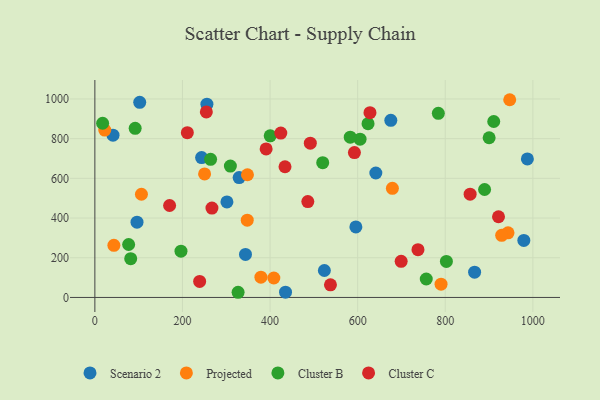
{"axis": {"x": "Investment", "y": "Profit"}, "legend": ["Cluster B", "Cluster C", "Projected", "Scenario 2"], "data": [{"x": "41.4", "y": 817.5, "type": "Scenario 2"}, {"x": "987.5", "y": 697.9, "type": "Scenario 2"}, {"x": "524.0", "y": 135.6, "type": "Scenario 2"}, {"x": "641.5", "y": 627.0, "type": "Scenario 2"}, {"x": "96.2", "y": 379.3, "type": "Scenario 2"}, {"x": "435.3", "y": 26.6, "type": "Scenario 2"}, {"x": "867.0", "y": 127.4, "type": "Scenario 2"}, {"x": "343.9", "y": 216.5, "type": "Scenario 2"}, {"x": "675.7", "y": 892.1, "type": "Scenario 2"}, {"x": "301.5", "y": 481.1, "type": "Scenario 2"}, {"x": "243.7", "y": 704.8, "type": "Scenario 2"}, {"x": "102.4", "y": 982.8, "type": "Scenario 2"}, {"x": "255.8", "y": 973.9, "type": "Scenario 2"}, {"x": "979.4", "y": 287.1, "type": "Scenario 2"}, {"x": "595.9", "y": 355.1, "type": "Scenario 2"}, {"x": "329.4", "y": 603.7, "type": "Scenario 2"}, {"x": "408.6", "y": 97.9, "type": "Projected"}, {"x": "348.4", "y": 618.2, "type": "Projected"}, {"x": "679.3", "y": 549.9, "type": "Projected"}, {"x": "22.6", "y": 843.1, "type": "Projected"}, {"x": "790.4", "y": 66.6, "type": "Projected"}, {"x": "250.5", "y": 622.3, "type": "Projected"}, {"x": "947.2", "y": 996.1, "type": "Projected"}, {"x": "943.3", "y": 325.6, "type": "Projected"}, {"x": "928.8", "y": 313.1, "type": "Projected"}, {"x": "347.9", "y": 389.2, "type": "Projected"}, {"x": "106.3", "y": 519.8, "type": "Projected"}, {"x": "379.1", "y": 102.2, "type": "Projected"}, {"x": "43.4", "y": 262.7, "type": "Projected"}, {"x": "77.1", "y": 266.6, "type": "Cluster B"}, {"x": "623.7", "y": 875.2, "type": "Cluster B"}, {"x": "889.8", "y": 543.8, "type": "Cluster B"}, {"x": "900.2", "y": 804.6, "type": "Cluster B"}, {"x": "17.7", "y": 877.6, "type": "Cluster B"}, {"x": "605.5", "y": 797.5, "type": "Cluster B"}, {"x": "784.2", "y": 927.7, "type": "Cluster B"}, {"x": "92.0", "y": 851.8, "type": "Cluster B"}, {"x": "910.7", "y": 886.5, "type": "Cluster B"}, {"x": "583.1", "y": 807.6, "type": "Cluster B"}, {"x": "756.6", "y": 92.9, "type": "Cluster B"}, {"x": "196.6", "y": 233.0, "type": "Cluster B"}, {"x": "327.0", "y": 26.0, "type": "Cluster B"}, {"x": "802.6", "y": 181.3, "type": "Cluster B"}, {"x": "264.2", "y": 695.6, "type": "Cluster B"}, {"x": "400.3", "y": 814.3, "type": "Cluster B"}, {"x": "309.4", "y": 661.9, "type": "Cluster B"}, {"x": "520.2", "y": 678.8, "type": "Cluster B"}, {"x": "81.8", "y": 195.5, "type": "Cluster B"}, {"x": "856.8", "y": 520.1, "type": "Cluster C"}, {"x": "699.3", "y": 181.7, "type": "Cluster C"}, {"x": "434.1", "y": 658.5, "type": "Cluster C"}, {"x": "239.2", "y": 80.6, "type": "Cluster C"}, {"x": "170.6", "y": 463.1, "type": "Cluster C"}, {"x": "254.5", "y": 934.6, "type": "Cluster C"}, {"x": "211.1", "y": 830.2, "type": "Cluster C"}, {"x": "592.6", "y": 729.9, "type": "Cluster C"}, {"x": "424.5", "y": 828.0, "type": "Cluster C"}, {"x": "537.9", "y": 63.6, "type": "Cluster C"}, {"x": "491.9", "y": 777.3, "type": "Cluster C"}, {"x": "921.6", "y": 406.5, "type": "Cluster C"}, {"x": "486.2", "y": 483.0, "type": "Cluster C"}, {"x": "628.1", "y": 930.8, "type": "Cluster C"}, {"x": "267.3", "y": 450.2, "type": "Cluster C"}, {"x": "737.7", "y": 240.6, "type": "Cluster C"}, {"x": "391.0", "y": 748.2, "type": "Cluster C"}]}